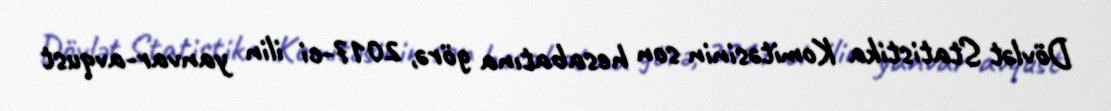
Dövlət Statistika Komitəsinin son hesabatına görə, 2017-ci ilin yanvar-avqust